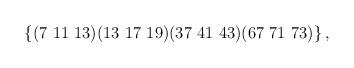
LaTeX: \begin{align*}\left\{ (7\ 11\ 13) (13\ 17\ 19) (37\ 41\ 43) (67\ 71\ 73) \right\} ,\end{align*}